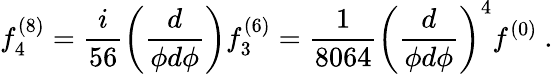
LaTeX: f_{4}^{(8)}=\frac{i}{56}\left(\frac{d}{\phi d\phi}\right)f_{3}^{(6)}=\frac{1}{8064}\left(\frac{d}{\phi d\phi}\right)^{4}f^{(0)}~.